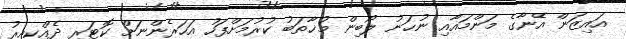
އައިޒަން އޭނާގެ މަންމައާއި ނުހަނު ލޯބިން މުޚާތަބު ކުރުމަށްފަހު އަހަރެންނަށް ކޮޓަރި ދެއްކިއިރު